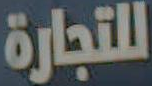
للتجارة